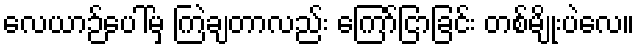
လေယာဉ်ပေါ်မှ ကြဲချတာလည်း ကြော်ငြာခြင်း တစ်မျိုးပဲလေ။